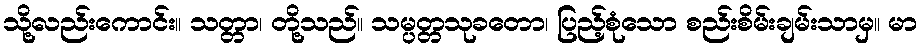
သို့လည်းကောင်း။ သတ္တာ၊ တို့သည်။ သမ္ပတ္တသုခတော၊ ပြည့်စုံသော စည်းစိမ်းချမ်းသာမှ။ မာ